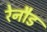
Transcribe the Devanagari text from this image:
रेनौड